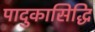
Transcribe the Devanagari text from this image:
पादुकासिद्धि